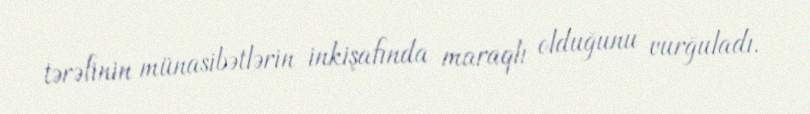
tərəfinin münasibətlərin inkişafında maraqlı olduğunu vurğuladı.